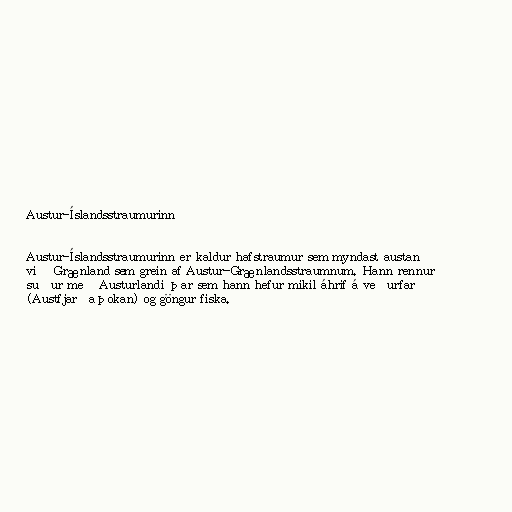
Austur-Íslandsstraumurinn

Austur-Íslandsstraumurinn er kaldur hafstraumur sem myndast austan
við Grænland sem grein af Austur-Grænlandsstraumnum. Hann rennur
suður með Austurlandi þar sem hann hefur mikil áhrif á veðurfar
(Austfjarðaþokan) og göngur fiska.